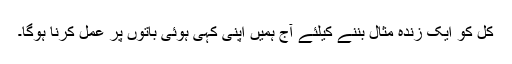
کل کو ایک زندہ مثال بننے کیلئے آج ہمیں اپنی کہی ہوئی باتوں پر عمل کرنا ہوگا۔